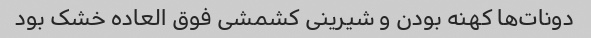
دونات‌ها کهنه بودن و شیرینی کشمشی فوق العاده خشک بود